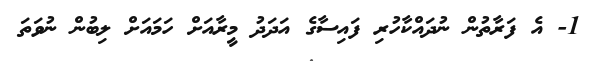
1- އެ ފަރާތުން ނުދައްކާހުރި ފައިސާގެ އަދަދު މީރާއަށް ހަމައަށް ލިބުން ނުވަތަ